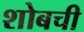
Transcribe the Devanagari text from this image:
शोबची